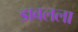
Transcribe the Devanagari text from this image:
डावलला